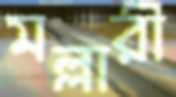
মল্লারী